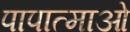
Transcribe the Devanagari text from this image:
पापात्माओं